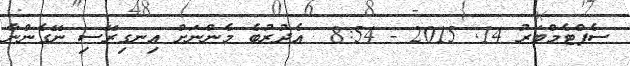
ސެޕްޓެމްބަރު 14